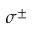
\sigma ^ { \pm }